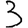
Digit: 3